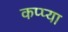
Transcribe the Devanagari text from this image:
कप्प्या